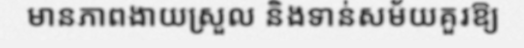
មានភាពងាយស្រួល និងទាន់សម័យគួរឱ្យ